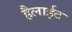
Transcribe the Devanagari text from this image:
हैलाईट